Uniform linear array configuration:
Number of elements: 16
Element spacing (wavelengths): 1
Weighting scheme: uniform
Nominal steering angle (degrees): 15
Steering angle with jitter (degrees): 13.047
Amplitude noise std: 0.05
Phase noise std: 0.05

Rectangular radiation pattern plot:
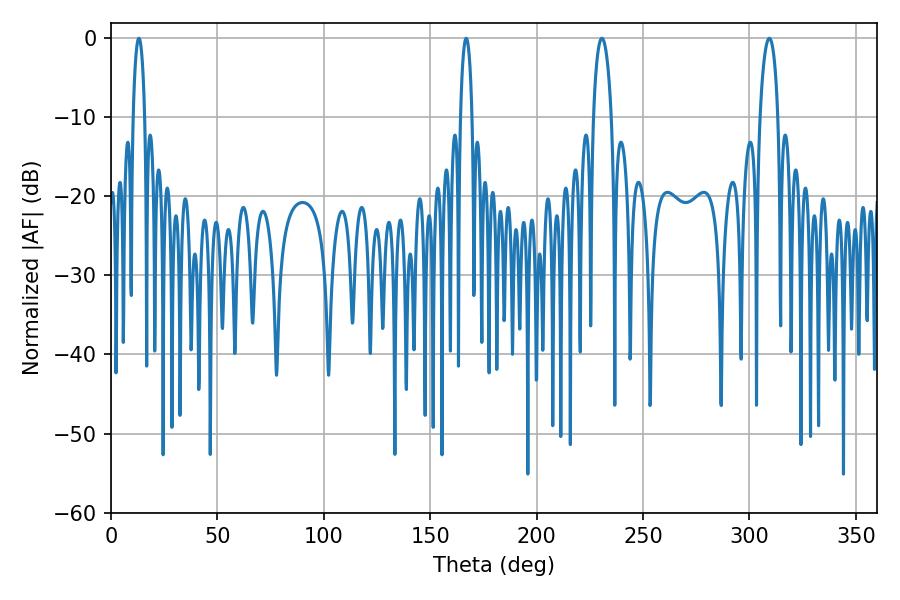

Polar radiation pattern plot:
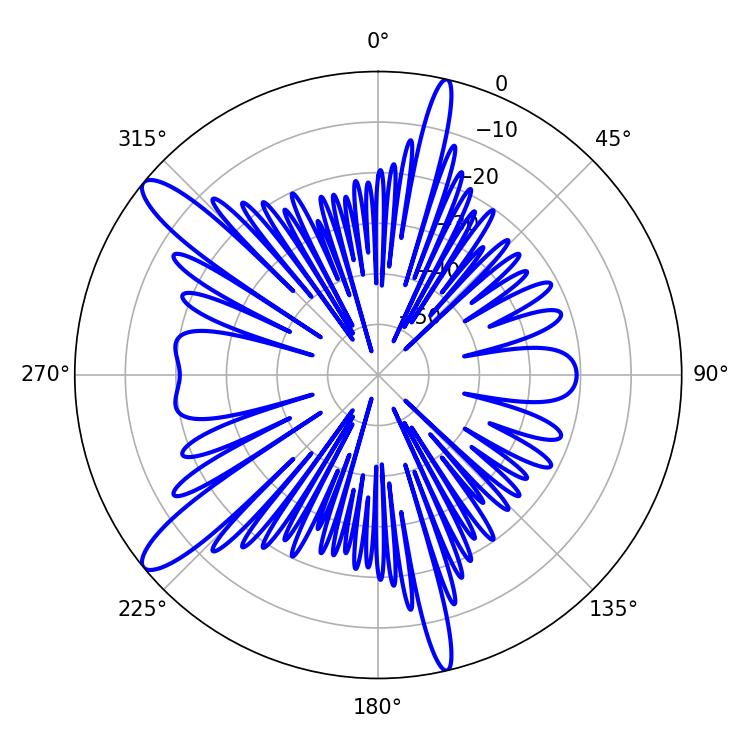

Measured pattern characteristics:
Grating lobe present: TRUE
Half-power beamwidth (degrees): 3.06
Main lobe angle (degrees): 13.14